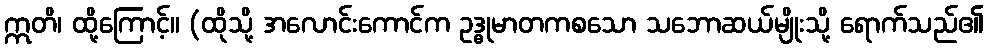
ဣတိ၊ ထို့ကြောင့်။ (ထိုသို့ အလောင်းကောင်က ဥဒ္ဓုမာတကစသော သဘောဆယ်မျိုးသို့ ရောက်သည်၏